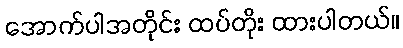
အောက်ပါအတိုင်း ထပ်တိုး ထားပါတယ်။